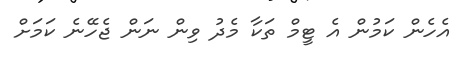
އެހެން ކަމުން އެ ޓީމް ތަކާ މެދު ވިން ނަން ޖެހޭނެ ކަމަށް